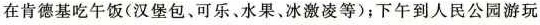
在肯德基吃午饭(汉堡包、可乐、水果、冰激凌等)；下午到人民公园游玩